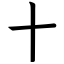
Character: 十